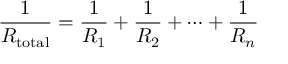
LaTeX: { \frac { 1 } { R _ { \mathrm { t o t a l } } } } = { \frac { 1 } { R _ { 1 } } } + { \frac { 1 } { R _ { 2 } } } + \cdots + { \frac { 1 } { R _ { n } } }